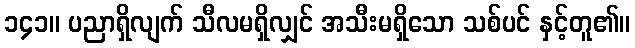
၁၄၁။ ပညာရှိလျက် သီလမရှိလျှင် အသီးမရှိသော သစ်ပင် နှင့်တူ၏။